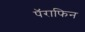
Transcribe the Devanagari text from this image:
पॅराफिन